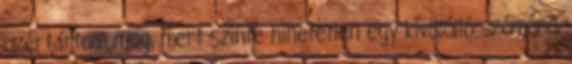
azért írtam meg, mert szinte hihetetlen egy kívülálló számára,